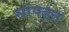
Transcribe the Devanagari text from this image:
सांपडत